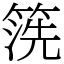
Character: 箲